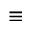
\equiv